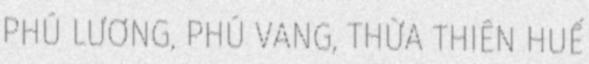
PHÚ LƯƠNG, PHÚ VANG, THỪA THIÊN HUẾ